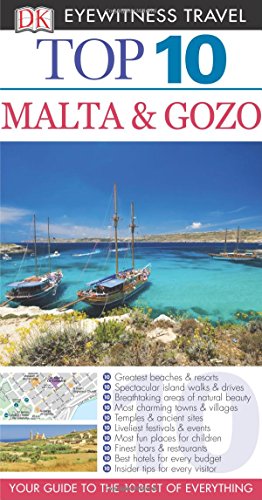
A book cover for Top 10 Malta and Gozo (Eyewitness Top 10 Travel Guide); Mary-Ann Gallagher; Travel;